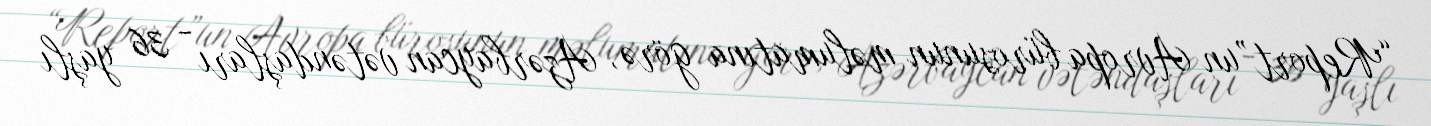
“Report”un Avropa bürosunun məlumatına görə, Azərbaycan vətəndaşları - 36 yaşlı